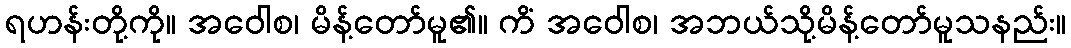
ရဟန်းတို့ကို။ အဝေါစ၊ မိန့်တော်မူ၏။ ကိံ အဝေါစ၊ အဘယ်သို့မိန့်တော်မူသနည်း။